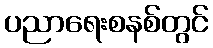
ပညာရေးစနစ်တွင်